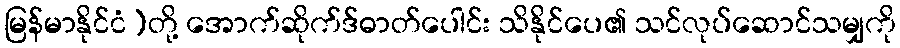
မြန်မာနိုင်ငံ)တို့ အောက်ဆိုက်ဒ်ဓာတ်ပေါင်း သိနိုင်ပေ၏ သင်လုပ်ဆောင်သမျှကို